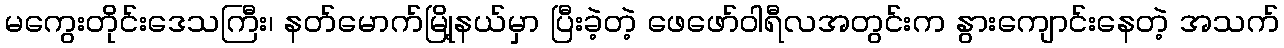
မကွေးတိုင်းဒေသကြီး၊ နတ်မောက်မြို့နယ်မှာ ပြီးခဲ့တဲ့ ဖေဖော်ဝါရီလအတွင်းက နွားကျောင်းနေတဲ့ အသက်